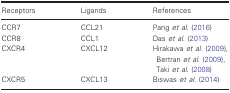
<table><thead><tr><td><b>Receptors</b></td><td><b>Ligands</b></td><td><b>References</b></td></tr></thead><tbody><tr><td>CCR7</td><td>CCL21</td><td>Pang <i>et al</i>. (2016)</td></tr><tr><td>CCR8</td><td>CCL1</td><td>Das <i>et al</i>. (2013)</td></tr><tr><td>CXCR4</td><td>CXCL12</td><td>Hirakawa <i>et al</i>. (2009), Bertran <i>et al</i>. (2009), Taki <i>et al</i>. (2008)</td></tr><tr><td>CXCR5</td><td>CXCL13</td><td>Biswas <i>et al</i>. (2014)</td></tr></tbody></table>